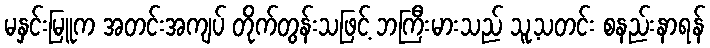
မနှင်းမြူက အတင်းအကျပ် တိုက်တွန်းသဖြင့် ဘကြီးမားသည် သူ့သတင်း စနည်းနာရန်